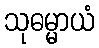
သုဓမ္မာယံ